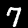
Digit: 7